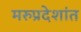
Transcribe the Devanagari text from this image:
मरुप्रदेशांत